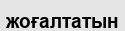
жоғалтатын